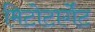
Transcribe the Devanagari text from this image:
मिटोटार्गेट